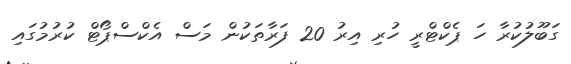
ގަބޫލުކުރާ ހަ ޕެކްޓްރީ ހުރި އިރު 20 ފަރާތަކުން މަސް އެކްސްޕޯޓް ކުރުމުގައި